Report of the Imperial Institute of Veterinary Research, Muktesar
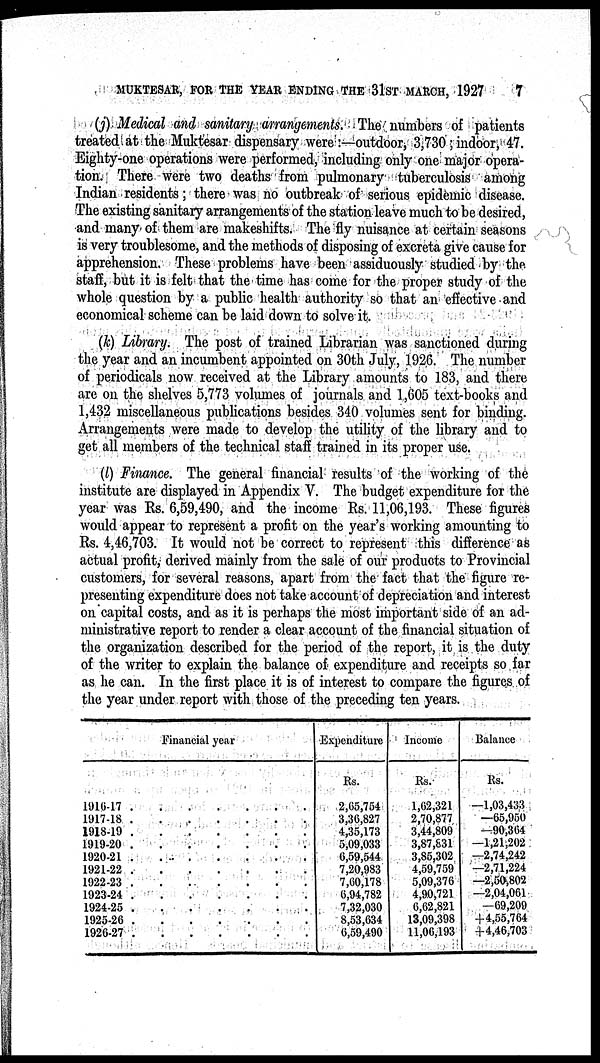
MUKTESAR, FOR THE YEAR ENDING THE 31ST MARCH, 1927
7
(j) Medical and sanitary arrangements. The numbers of patients
treated at the Muktesar dispensary were :—outdoor, 3,730; indoor, 47.
Eighty-one operations were performed, including only one major opera-
tion. There were two deaths from pulmonary tuberculosis among
Indian residents; there was no outbreak of serious epidemic disease.
The existing sanitary arrangements of the station leave much to be desired,
and many of them are makeshifts. The fly nuisance at certain seasons
is very troublesome, and the methods of disposing of excreta give cause for
apprehension. These problems have been assiduously studied by the
staff, but it is felt that the time has come for the proper study of the
whole question by a public health authority so that an effective and
economical scheme can be laid down to solve it.
(k) Library. The post of trained Librarian was sanctioned during
the year and an incumbent appointed on 30th July, 1926. The number
of periodicals now received at the Library amounts to 183, and there
are on the shelves 5,773 volumes of journals and 1,605 text-books and
1,432 miscellaneous publications besides 340 volumes sent for binding.
Arrangements were made to develop the utility of the library and to
get all members of the technical staff trained in its proper use.
(l) Finance. The general financial results of the working of the
institute are displayed in Appendix V. The budget expenditure for the
year was Rs. 6,59,490, and the income Rs. 11,06,193. These figures
would appear to represent a profit on the year's working amounting to
Rs. 4,46,703. It would not be correct to represent this difference as
actual profit, derived mainly from the sale of our products to Provincial
customers, for several reasons, apart from the fact that the figure re-
presenting expenditure does not take account of depreciation and interest
on capital costs, and as it is perhaps the most important side of an ad-
ministrative report to render a clear account of the financial situation of
the organization described for the period of the report, it is the duty
of the writer to explain the balance of expenditure and receipts so far
as he can. In the first place it is of interest to compare the figures of
the year under report with those of the preceding ten years.
1916-17
1917-18
1918-19
1919-20
1920-21
1921-22
1922-23
1923-24
1924-25
1925-26
1926-27
Financial year
.
.
.
.
.
.
.
.
.
.
.
.
.
.
.
.
.
.
.
.
.
.
.
.
.
.
.
.
.
.
.
.
.
.
.
.
.
.
.
.
.
.
.
.
.
.
.
.
.
.
.
.
.
.
.
Expenditure
Rs.
2,65,754
3,36,827
4,35,173
5,09,033
6,59,544
7,20,983
7,60,178
6,94,782
7,32,030
8,53,634
6,59,490
Income
Rs.
1,62,321
2,70,877
3,44,809
3,87,831
3,85,302
4,59,759
5,09,376
4,90,721
6,62,821
13,09,398
11,06,193
Balance
Rs.
-1,03,433
-65,950
-90,364
-1,21,202
-2,74,242
-2,71,224
-2,50,802
-2,04,061
-69,209
+4,55,764
+4,46,703